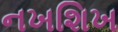
નખશિખ